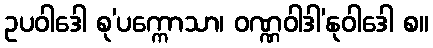
ဥပဝါဒေါ စု’ပက္ကောသာ၊ ဝဏ္ဏဝါဒါ’နုဝါဒေါ စ။